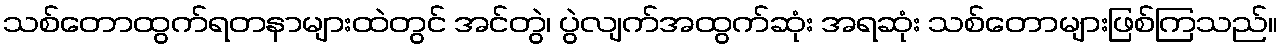
သစ်တောထွက်ရတနာများထဲတွင် အင်တွဲ၊ ပွဲလျက်အထွက်ဆုံး အရဆုံး သစ်တောများဖြစ်ကြသည်။